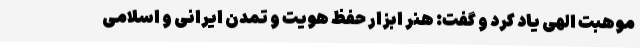
موهبت الهی یاد کرد و گفت: هنر ابزار حفظ هویت و تمدن ایرانی و اسلامی